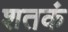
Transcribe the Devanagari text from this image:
शतकं